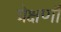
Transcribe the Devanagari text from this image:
प्रेक्षणॉं